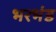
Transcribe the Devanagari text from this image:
भरभंड